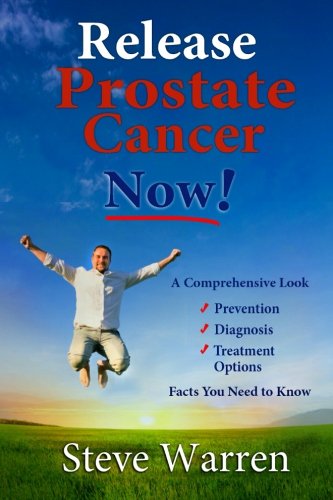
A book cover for Release Prostate Cancer Now!: A Comprehensive Look: Prevention, Diagnosis, Treatment Options - Facts You Need To Know; Steve Warren; Health, Fitness & Dieting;